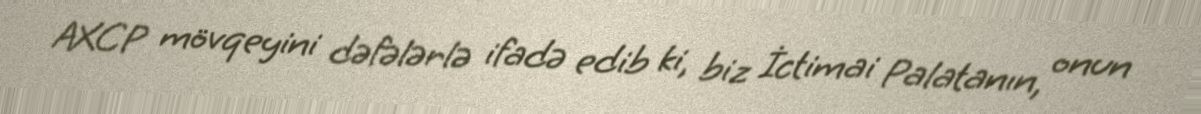
AXCP mövqeyini dəfələrlə ifadə edib ki, biz İctimai Palatanın, onun